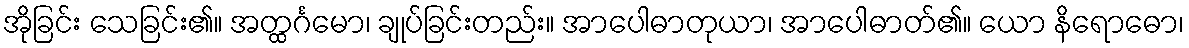
အိုခြင်း သေခြင်း၏။ အတ္ထင်္ဂမော၊ ချုပ်ခြင်းတည်း။ အာပေါဓာတုယာ၊ အာပေါဓာတ်၏။ ယော နိရောဓော၊